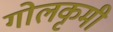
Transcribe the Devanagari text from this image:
गोलकृमी